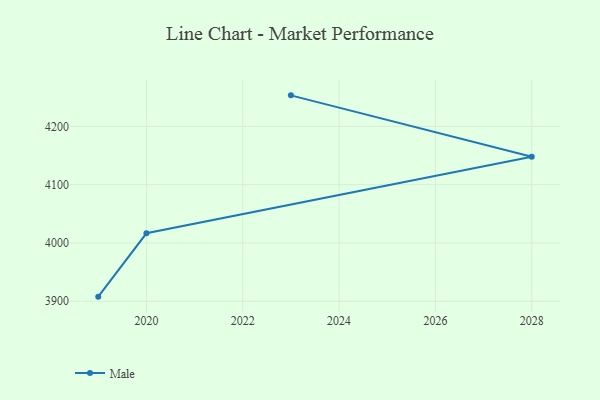
{"axis": {"x": "Year", "y": "Website Visitors"}, "legend": ["Male"], "data": [{"x": "2019", "y": 3907.9, "type": "Male"}, {"x": "2020", "y": 4016.6, "type": "Male"}, {"x": "2028", "y": 4147.8, "type": "Male"}, {"x": "2023", "y": 4253.2, "type": "Male"}]}